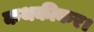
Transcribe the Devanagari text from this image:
कथकीकर।